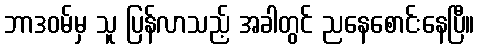
ဘာဒဝမ်မှ သူ ပြန်လာသည့် အခါတွင် ညနေစောင်းနေပြီ။